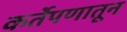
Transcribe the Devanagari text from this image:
कर्तेपणातून